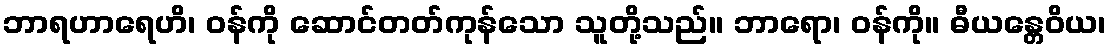
ဘာရဟာရေဟိ၊ ဝန်ကို ဆောင်တတ်ကုန်သော သူတို့သည်။ ဘာရော၊ ဝန်ကို။ ဓီယန္တေဝိယ၊